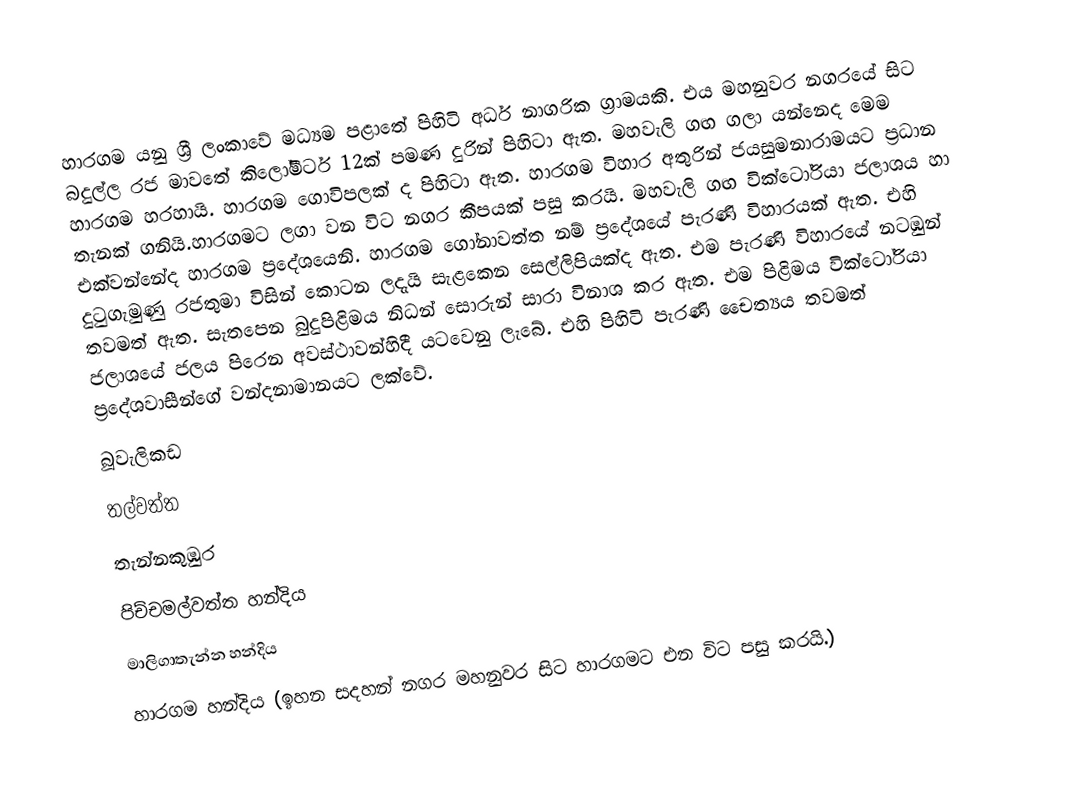
හාරගම යනු ශ්‍රී ලංකාවේ මධ්‍යම පළාතේ පිහිටි අර්ධ නාගරික ග්‍රාමයකි. එය මහනුවර නගරයේ සි‍ට  බදුල්ල රජ මාවතේ කිලෝමීටර් 12ක් පමණ දුරින් පිහිටා ඇත. මහවැලි ගඟ ගලා යන්නෙද මෙම හාරගම හරහායි. හාරගම  ගොවිපලක් ද පිහිටා ඇත. හාරගම විහාර අතුරින් ජයසුමනාරාමයට ප්‍රධාන තැනක් ගනියි.හාරගමට ලගා වන විට නගර කීපයක් පසු කරයි. මහවැලි ගඟ වික්ටෝරියා ජලාශය හා එක්වන්නේද හාරගම ප්‍රදේශයෙනි. හාරගම ගෝනාවත්ත නම් ප්‍රදේශයේ පැරණි විහාරයක් ඇත. එහි දුටුගැමුණු රජතුමා විසින් කොටන ලදැයි සැළකෙන සෙල්ලිපියක්ද ඇත.  එම පැරණි විහාරයේ නටඹුන් තවමත් ඇත. සැතපෙන බුදුපිළිමය නිධන් සොරුන් සාරා විනාශ කර ඇත. එම පිළිමය වික්ටෝරියා ජලාශයේ ජලය පිරෙන අවස්ථාවන්හිදී යටවෙනු ලැබේ. එහි පිහිටි පැරණි චෛත්‍යය තවමත් ප්‍රදේශවාසීන්ගේ වන්දනාමානයට ලක්වේ.
 බූවැලිකඩ
තල්වත්ත
තැන්නකුඹුර
පිච්චමල්වත්ත හන්දිය
මාලිගාතැන්න හන්දිය
හාරගම හන්දිය (ඉහන සදහන් නගර මහනුවර සිට හාරගමට එන විට පසු කරයි.)